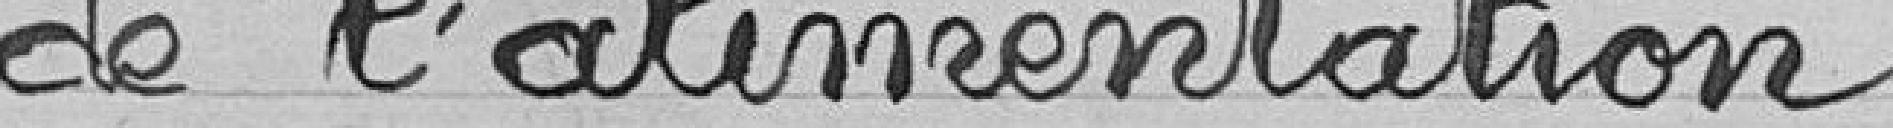
de l'alimentation